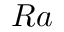
R a